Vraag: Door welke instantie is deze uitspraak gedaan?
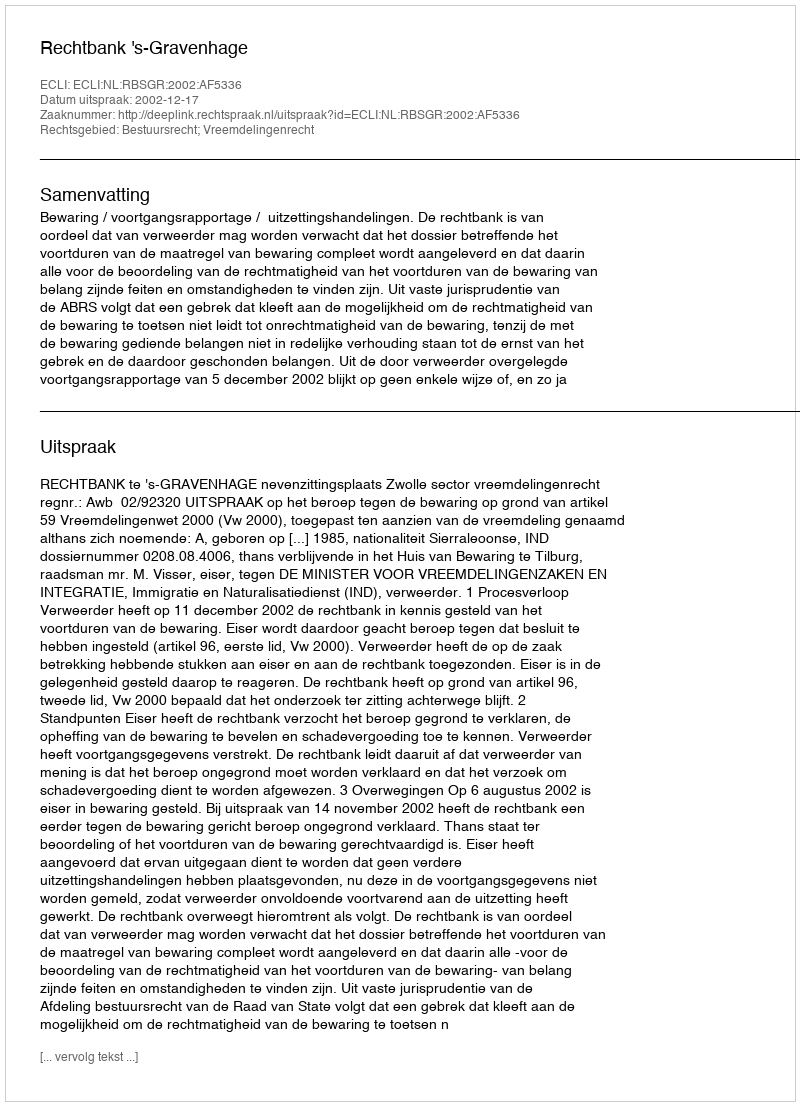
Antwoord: Rechtbank 's-Gravenhage